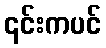
၎င်းကပင်